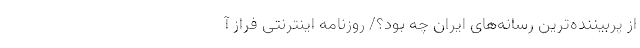
از پربیننده‌ترین رسانه‌های ایران چه بود؟/ روزنامه اینترنتی فراز آ